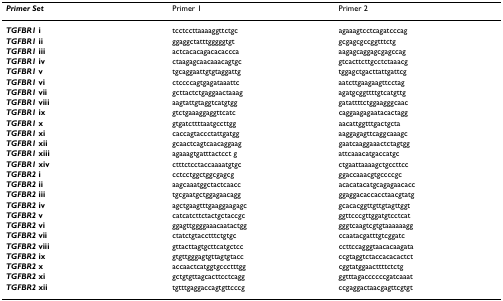
| Primer Set | Primer 1 | Primer 2 |
 | --- | --- | --- |
 | TGFBR1 i | tcctccttaaaaggttctgc | agaaagtcctcagatcccag |
 | TGFBR1 ii | ggaggctatttgggggtgt | gcgagcgccggtttctg |
 | TGFBR1 iii | actcacacagacacaccca | aagagcaggagcgagccag |
 | TGFBR1 iv | ctaagagcaacaaacagtgc | gtcacttcttgcctctaaacg |
 | TGFBR1 v | tgcaggaattgtgtaggattg | tggagctgacttattgattcg |
 | TGFBR1 vi | ctccccagtgagataaattc | aatcttgaagaagttcctag |
 | TGFBR1 vii | gcttactctgaggaactaaag | agatgcggttttgtcatgttg |
 | TGFBR1 viii | aagtattgtaggtcatgtgg | gatattttctggaagggcaac |
 | TGFBR1 ix | gtctgaaaggaggttcatc | caggaagagaatacactagg |
 | TGFBR1 x | gtgatcttttaatgccttgg | aacattggtttgactgcta |
 | TGFBR1 xi | caccagtaccctattgatgg | aaggagagttcaggcaaagc |
 | TGFBR1 xii | gcaactcagtcaacaggaag | gaatcaaggaaactctagtgg |
 | TGFBR1 xiii | agaaagtgatttactcct g | attcaaacatgaccatgc |
 | TGFBR1 xiv | ctttctcctaccaaaatgtgc | ctgaattaaaagctgccttcc |
 | TGFBR2 i | cctcctggctggcgagcg | ggaccaaacgtgccccgc |
 | TGFBR2 ii | aagcaaatggctactcaacc | acacatacatgcagagaacacc |
 | TGFBR2 iii | tgcgaatgctggagaacagg | ggaggacaccacctaacgtatg |
 | TGFBR2 iv | agctgaagtttgaaggaagagc | gcacacggttgttgtagttggt |
 | TGFBR2 v | catcatcttctactgctaccgc | ggttcccgttggatgtcctcat |
 | TGFBR2 vi | ggagttggggaaacaatactgg | gggtcaagtcgtgtaaaaaagg |
 | TGFBR2 vii | ctatctgtacctttctgtgc | ccaatacgatttgtcggatc |
 | TGFBR2 viii | gttacttagtgcttcatgctcc | ccttccagggtaacacaagata |
 | TGFBR2 ix | gtgttgggagtgttagtgtacc | ccgtaggtctaccacacactct |
 | TGFBR2 x | accaactcatggtgccctttgg | cggtatggaacttttctctg |
 | TGFBR2 xi | gctgtgttagcacttcctcagg | ggtttagaccccccgatcaaat |
 | TGFBR2 xii | tgtttgaggaccagtgttcccg | ccgaggactaacgagttcgtgt |